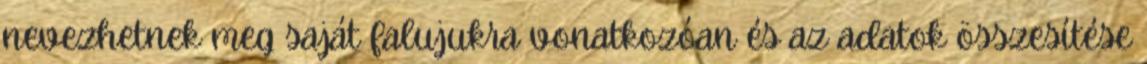
nevezhetnek meg saját falujukra vonatkozóan és az adatok összesítése